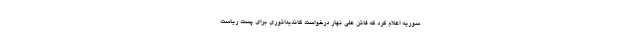
سوریه اعلام کرد که فاتن علی نهار درخواست کاندیداتوری برای پست ریاست